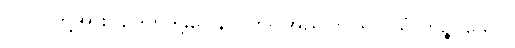
ပုဂ္ဂိုလ်တို့အား။ ဥဒကဒန္တပေါနာ၊ ကို။ အညတြ၊ ၍။ ယံ ကိဉ္စိ၊ သော။